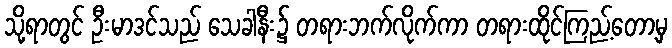
သို့ရာတွင် ဦးမာဒင်သည် သေခါနီး၌ တရားဘက်လိုက်ကာ တရားထိုင်ကြည့်တော့မှ